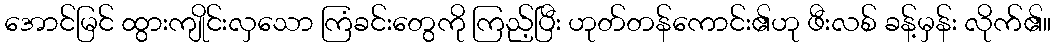
အောင်မြင် ထွားကျိုင်းလှသော ကြံခင်းတွေကို ကြည့်ပြီး ဟုတ်တန်ကောင်း၏ဟု ဖီးလစ် ခန့်မှန်း လိုက်၏။